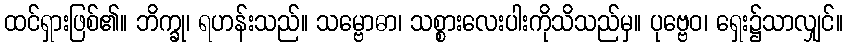
ထင်ရှားဖြစ်၏။ ဘိက္ခု၊ ရဟန်းသည်။ သမ္ဗောဓာ၊ သစ္စားလေးပါးကိုသိသည်မှ။ ပုဗ္ဗေဝ၊ ရှေး၌သာလျှင်။